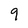
Character: 9